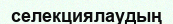
селекциялаудың